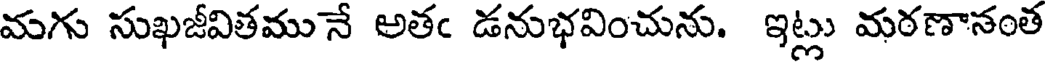
మగు సుఖజీవితమునే అతఁ డనుభవించును. ఇట్లు మరణానంత